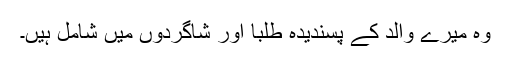
وہ میرے والد کے پسندیدہ طلبا اور شاگردوں میں شامل ہیں۔